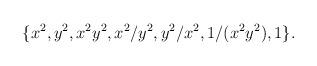
LaTeX: \begin{align*}\{x^2, y^2, x^2y^2, x^2/y^2, y^2/x^2, 1/(x^2y^2), 1\}.\end{align*}